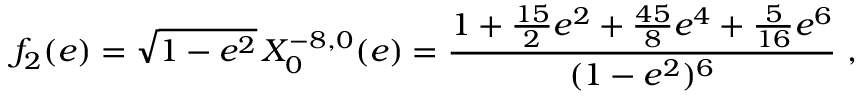
f _ { 2 } ( e ) = \sqrt { 1 - e ^ { 2 } } \, X _ { 0 } ^ { - 8 , 0 } ( e ) = \frac { 1 + \frac { 1 5 } { 2 } e ^ { 2 } + \frac { 4 5 } { 8 } e ^ { 4 } + \frac { 5 } { 1 6 } e ^ { 6 } } { ( 1 - e ^ { 2 } ) ^ { 6 } } \ ,